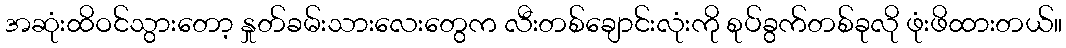
အဆုံးထိဝင်သွားတော့ နှုတ်ခမ်းသားလေးတွေက လီးတစ်ချောင်းလုံးကို စုပ်ခွက်တစ်ခုလို ဖုံးဖိထားတယ်။